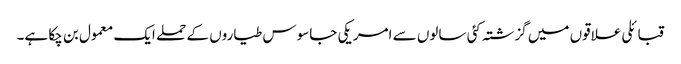
قبائلی علاقوں میں گزشتہ کئی سالوں سے امریکی جاسوس طیاروں کے حملے ایک معمول بن چکا ہے۔